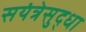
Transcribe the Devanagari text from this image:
सयंत्रेसुद्धा